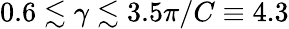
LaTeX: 0.6\lesssim\gamma\lesssim 3.5\pi/C\equiv 4.3